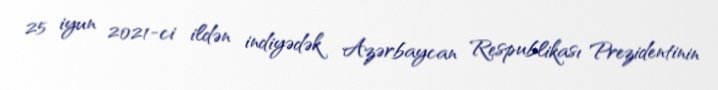
25 iyun 2021-ci ildən indiyədək Azərbaycan Respublikası Prezidentinin